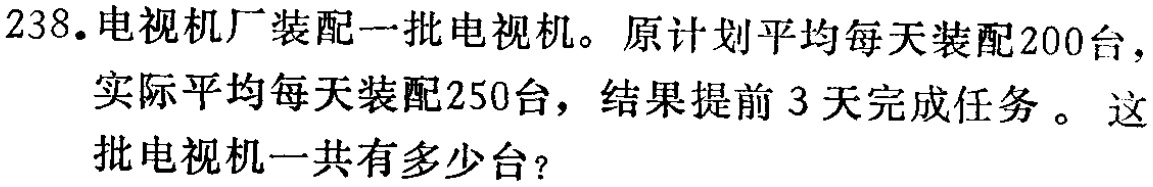
238.电视机厂装配一批电视机。原计划平均每天装配200台，实际平均每天装配250台，结果提前3天完成任务。这批电视机一共有多少台？